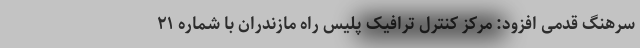
سرهنگ قدمی افزود: مرکز کنترل ترافیک پلیس راه مازندران با شماره ۲۱